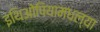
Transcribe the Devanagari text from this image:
इथिओपियामधल्या